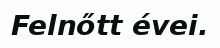
Felnőtt évei.